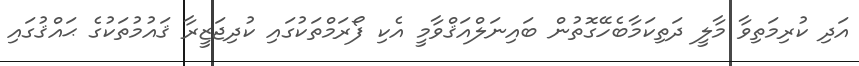
އަދި ކުރިމަތިވާ މާލީ ދަތިކަމާބެހޭގޮތުން ބައިނަލްއަޤްވާމީ އެކި ފޯރަމްތަކުގައި ކުދިޖަޒީރާ ޤައުމުތަކުގެ ޙައްޤުގައި